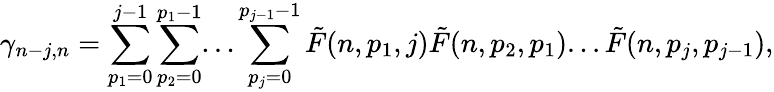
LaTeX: \gamma_{n-j,n}=\sum_{p_{1}=0}^{j-1}\sum_{p_{2}=0}^{p_{1}-1}...\sum_{p_{j}=0}^{p_{j-1}-1}\tilde{F}(n,p_{1},j)\tilde{F}(n,p_{2},p_{1})...\tilde{F}(n,p_{j},p_{j-1}),